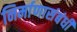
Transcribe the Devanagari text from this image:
निर्माणासंबंधी